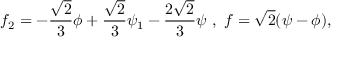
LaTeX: f _ { 2 } = - \frac { \sqrt { 2 } } { 3 } \phi + \frac { \sqrt { 2 } } { 3 } \psi _ { 1 } - \frac { 2 \sqrt { 2 } } { 3 } \psi \ , \ f = \sqrt { 2 } ( \psi - \phi ) ,